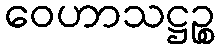
ဝေဟာသဋ္ဌဉ္စ